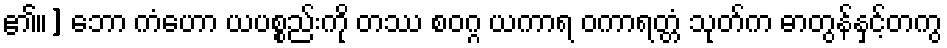
၏။] ဘော ကံဟော ယပစ္စည်းကို တဿ စဝဂ္ဂ ယကာရ ဝကာရတ္တံ သုတ်က ဓာတွန်နှင့်တကွ